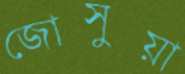
জোসুয়া